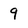
Character: 9